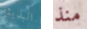
البذيئة منذ